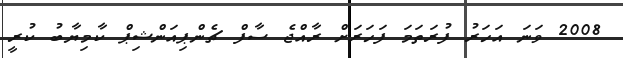
2008 ވަނަ އަހަރު ފުރަތަމަ ފަހަރަށް ރާއްޖެ ސާފް ޗެންޕިއަންޝިޕް ކާމިޔާބު ކުރީ